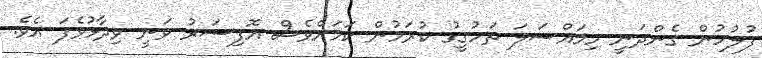
ފުލުހުން ގެންދަނީ މިމައްސަލަ ތަހުގީގު ކުރަމުން ކަމަށްވެސް އޮޮފިސަރު ވަނީ ވިދާޅުވެފަ އެވެ.